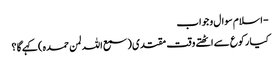
- اسلام سوال و جواب
کیا رکوع سے اٹھتے وقت مقتدی ( سمع اللہ لمن حمدہ ) کہےگا ؟